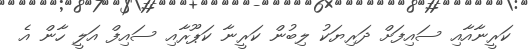
ކަރީނާއާއި ސައިފަށް ދަރިޔަކު ލިބުން ކަރީނާ ކަޕޫރާއި ސައިފް އަލީ ހާން އެ